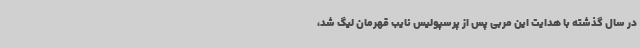
در سال گذشته با هدایت این مربی پس از پرسپولیس نایب قهرمان لیگ شد،